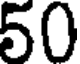
50